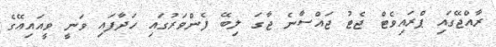
ރާއްޖޭގައި ޕްރައިވެޓް ޖެޓު ޖައްސާނެ ޖާގަ ލިބޭ ފެންވަރުގައި ހަދާފައި ވަނީ ވީއައިއޭގެ